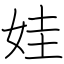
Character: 娃